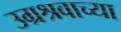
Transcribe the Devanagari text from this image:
उग्रश्रवाच्या